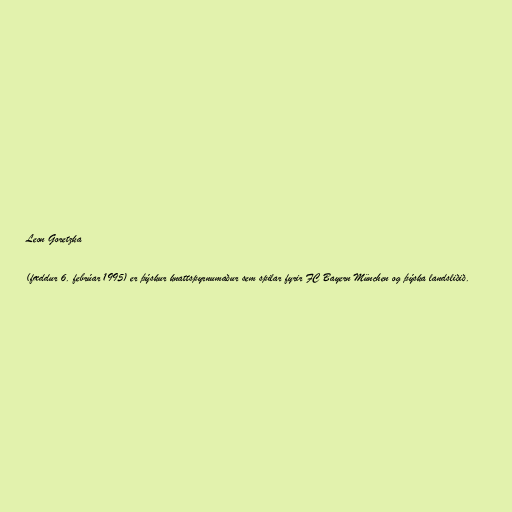
Leon Goretzka

(fæddur 6. febrúar 1995) er þýskur knattspyrnumaður sem spilar fyrir FC Bayern München og þýska landsliðið.